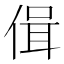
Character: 偮